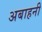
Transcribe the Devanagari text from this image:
अबाहनी